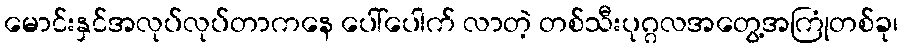
မောင်းနှင်အလုပ်လုပ်တာကနေ ပေါ်ပေါက် လာတဲ့ တစ်သီးပုဂ္ဂလအတွေ့အကြုံတစ်ခု၊